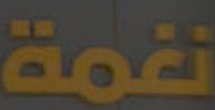
نغمة